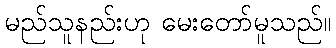
မည်သူနည်းဟု မေးတော်မူသည်။